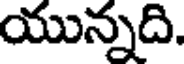
యున్నది.